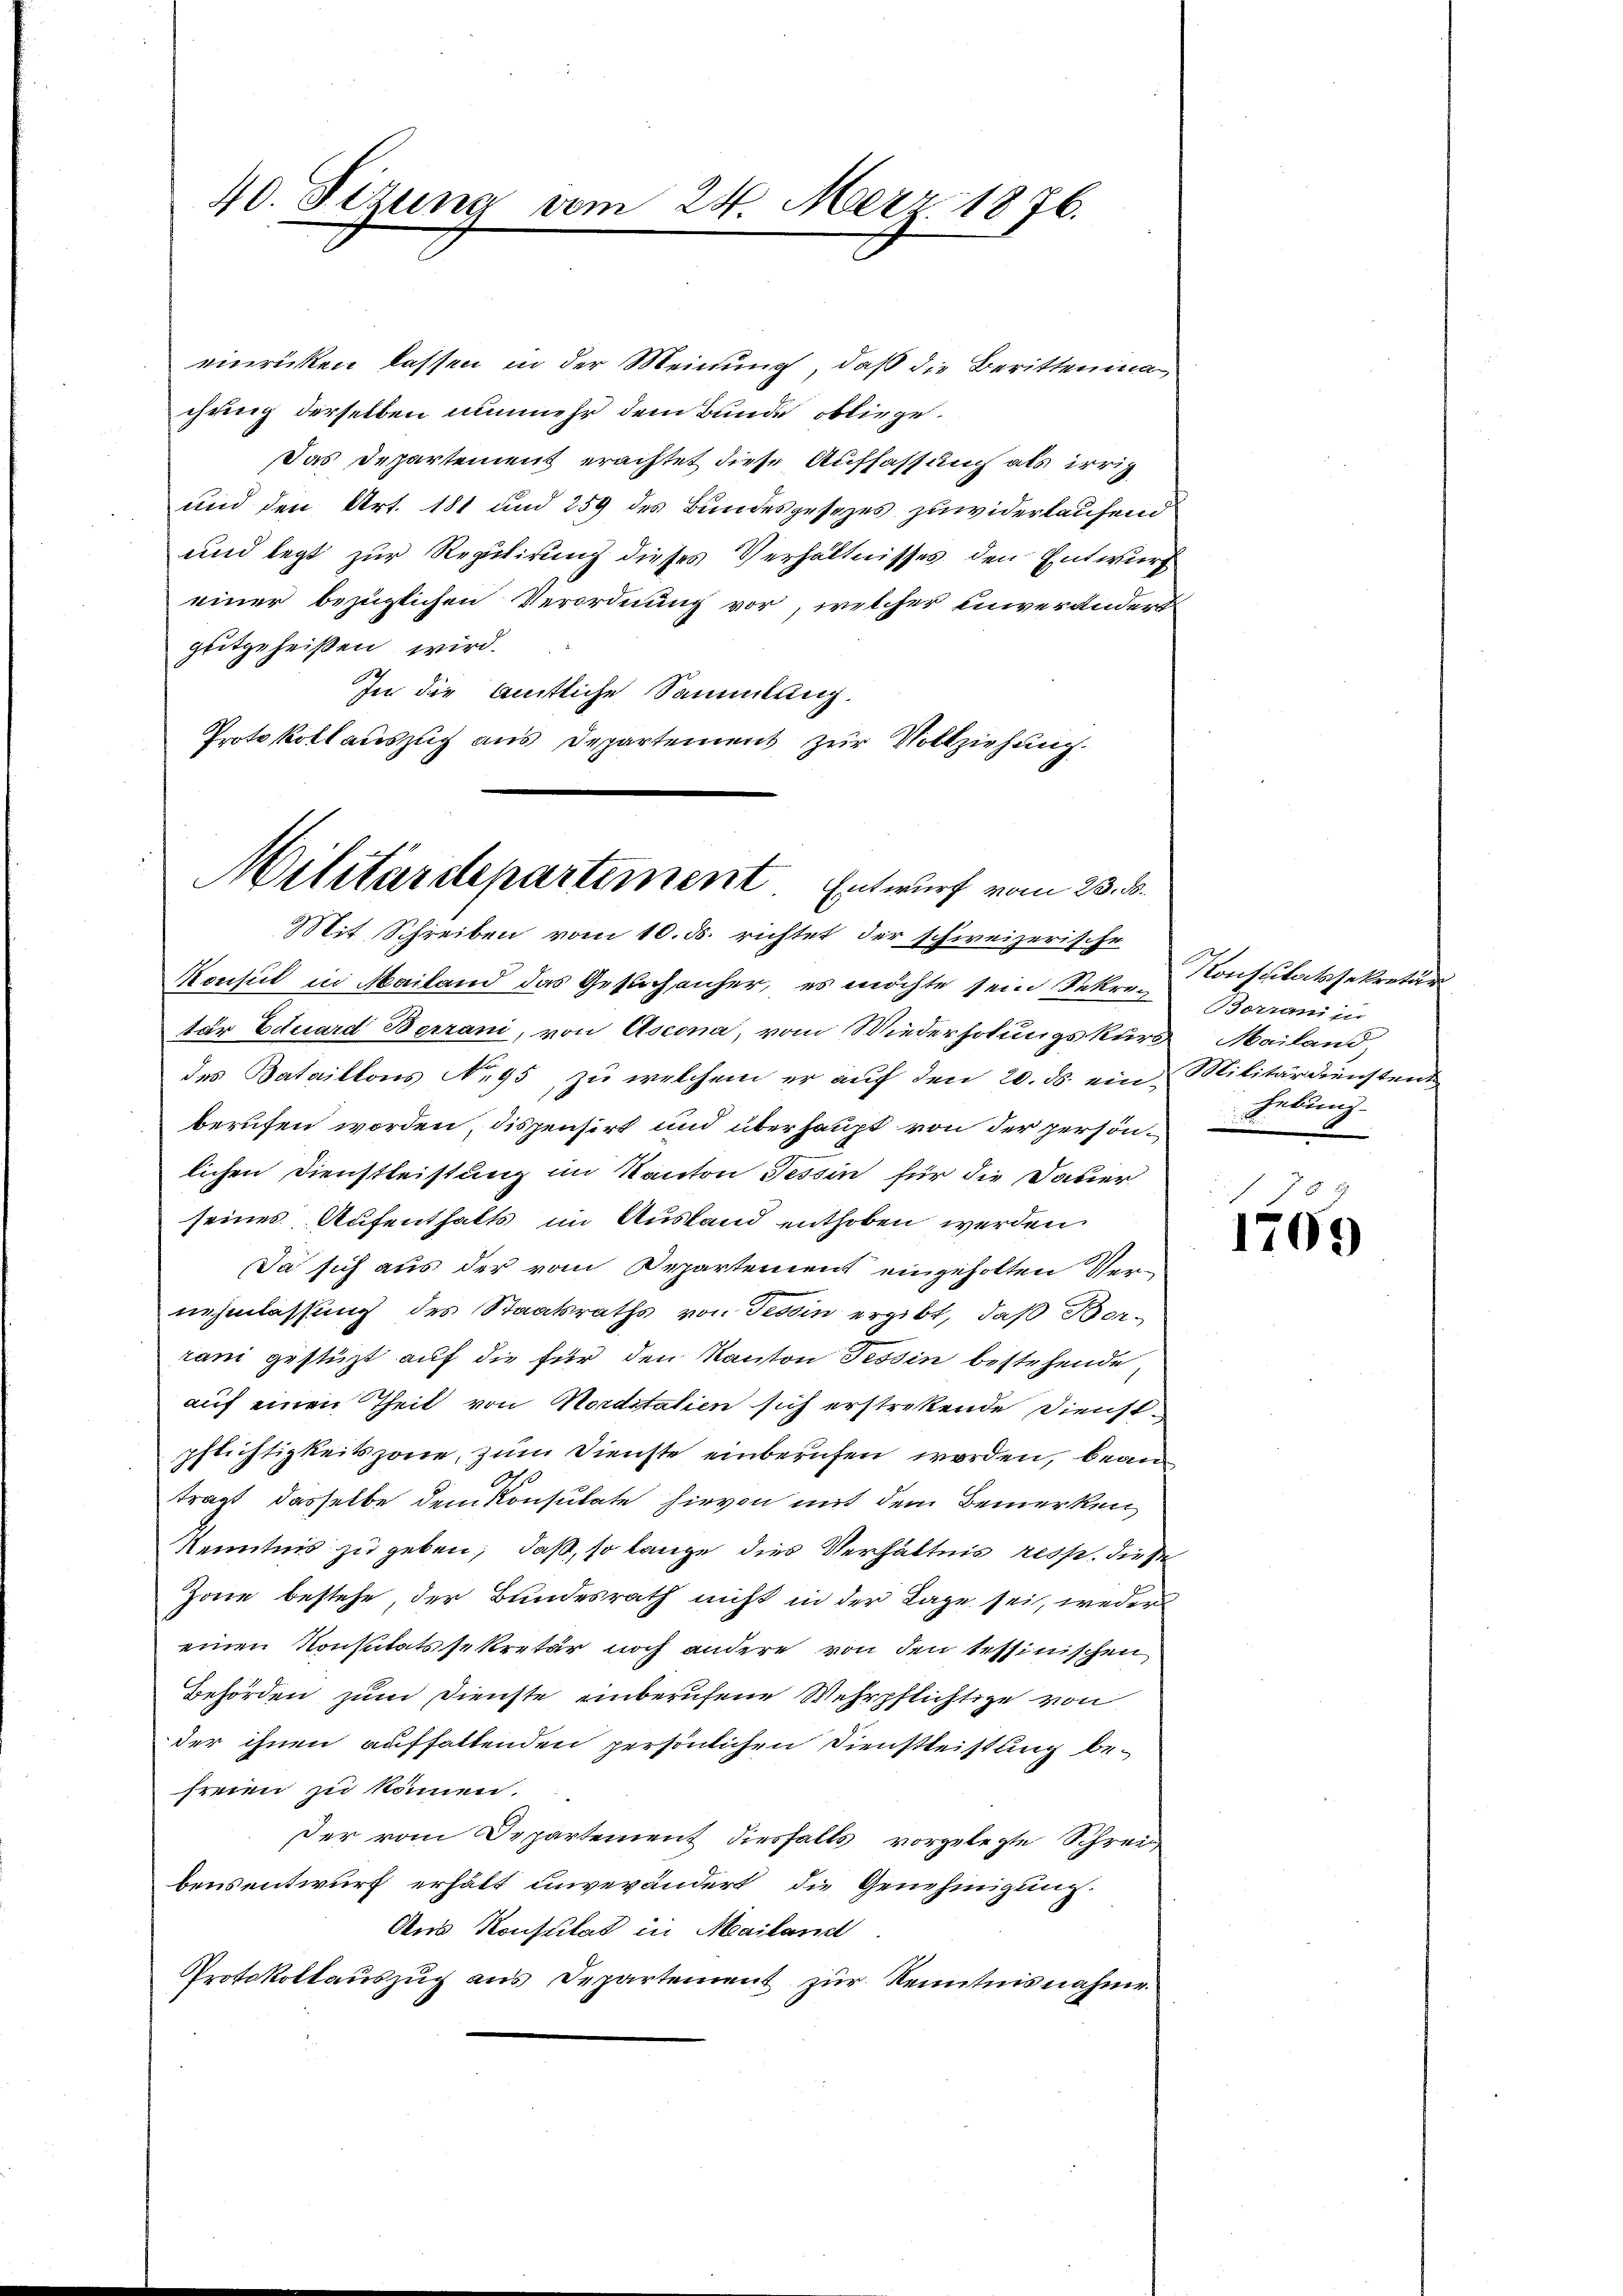
40. Sizung vom 24. März 1876.

einrücken lassen in der Meinung, daß die Berittenma
chung derselben nunmehr dem Bunde obliege.
Das Departement erachtet diese Auffassung als irrig
und den Art. 181 und 259 des Bundesgesezes zuwiderlaufend
und legt zur Regulirung dieses Verhältnisses den Entwurf
einer bezüglichen Verordnung vor, welcher einverändert
geitgeheißen wird.
In die amtliche Sammlung.
Protokollauszug aus Departement zur Vollziehung.

Militärdepartement Entwurf vom 23. d.
Mit Schreiben vom 10. ds. richtet der schweizerische

Konsul in Mailand das Gesuch anher, es möchte sein Sekretar Eduard Berrani, von Ascona, vom Wiederholungskurs Mailand,
des Bataillons No 95, zu welchem er auf den 20. ds. ein Militärdienstent
berufen worden, dispensirt und überhaupt von der persönlichen Dienstleistung im Kanton Tessin für die Dauer
seines Aufenthalts im Ausland enthoben werden
Ja sich aus der vom Departement eingeholten Ver-
nehmlassung des Staatsraths von Tessin ergibt, daß Borrani gestützt auf die für den Kanton Tessin bestehende
auf einen Theil von Morditatien sich erstrekende Dienstpflichtigkeitszöne, zum Dienste einberufen worden, beantragt, dasselbe dem Konsulate hievon mit dem Bemerken,
Kenntnis zu geben; daß, so lange dies Verhältnis resp. diese
Zone bestehe, der Bundesrath nicht in der Tage sei, weder
einen Konsuitätssekretär noch andere von den tessinischen
Behörden zum Dienste einberufene Wehrpflichtige von
der ihnen aufhaltenden persönlichen Dienstleistung befreien zu können.
der vom Departement diesfalls vorgelegte Schrei
bensentwurf erhält unverändert die Genehmigung.
Aus Konsulat in Mailand
Protokollauszug aus Departement zur Kenntnisnahme

Konspitatssekretär
Berrain
hebung

f 18 x
1709